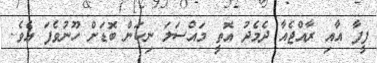
ފީފާ އާއި ރާއްޖެއާ ދެމެދު އޮތީ މައްސަލަ ނިކަން ބޮޑަށް ހޫނުވެފަ އެވެ.